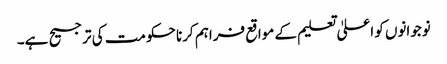
نوجوانوں کو اعلیٰ تعلیم کے مواقع فراہم کرنا حکومت کی ترجیح ہے۔